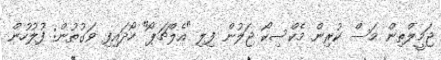
ޖަމީލްތިން މަސް ކުރިން މެކްސިކޯ ޖަލުން ފިލި "އެލްޗަޕޯ" ހޯދައިފި ވަގުތުން: ފުލުހުން